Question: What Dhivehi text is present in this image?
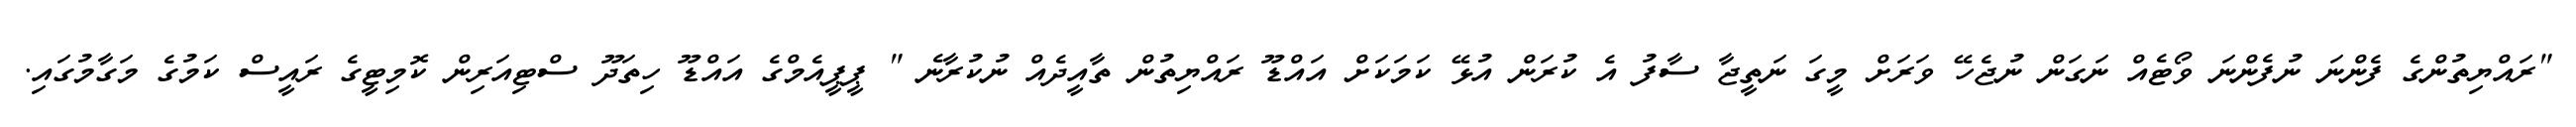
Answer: "ރައްޔިތުންގެ ފެންނަ ނުފެންނަ ވޯޓެއް ނަގަން ނުޖެހޭ ވަރަށް މީގަ ނަތީޖާ ސާފު އެ ކުރަން އުޅޭ ކަމަކަށް އައްޑޫ ރައްޔިތުން ތާއީދެއް ނުކުރާނެ " ޕީޕީއެމްގެ އައްޑޫ ހިތަދޫ ސްޓިއަރިން ކޮމިޓީގެ ރައީސް ކަމުގެ މަގާމުގައި.